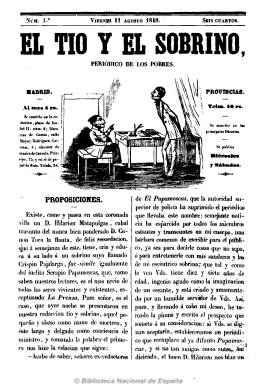
Título: El Tío y el sobrino
Colección: Revistas satíricas y humorísticas || Periódicos
Ámbito geográfico: Madrid
Lugar de publicación: Madrid
Fechas: 11/08/1848-23/08/1848

Periódico satírico madrileño que sustituye a El Papamoscas y su tío, al quedar suspendido este por la policía, tal como se señala en su primer número. Se subtitula en este caso “periódico de los pobres”, en alusión a que a estos se les niega el derecho a la crítica. De frecuencia bisemanal, sale los miércoles y jueves, en números de ocho páginas. Contiene artículos dialogados entre  Don Hilarión y Crispín -personajes referidos por la cabecera del periódico, bajo la cual estampa un grabado de los mismos-, en los que en tono humorístico critica las costumbres y abusos locales, además de comentar los espectáculos teatrales y de tauromaquia, y publicar charadas. Después de editar cuatro números durante el mes de agosto de 1848, es de nuevo llamado al orden por la autoridad policial prohibiéndole la publicación de todo artículo de carácter político. A continuación será continuado por Pericón y Pendanga, otro título con el mismo carácter satírico e igual estructura.